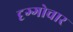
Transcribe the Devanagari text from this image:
दृग्गोचार